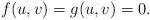
LaTeX: \begin{align*}f(u,v)=g(u,v)=0. \end{align*}